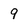
Character: 9